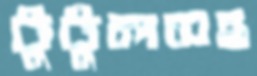
টুটুলসহ